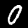
Digit: 0